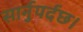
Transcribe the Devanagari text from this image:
सार्नुपर्दछ।